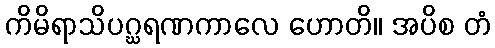
ကိမိရာသိပဂ္ဃရဏကာလေ ဟောတိ။ အပိစ တံ